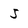
Character: J